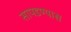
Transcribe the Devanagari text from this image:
सापडण्यास